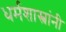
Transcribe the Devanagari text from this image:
धर्मशास्त्रांनी